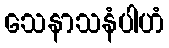
သေနာသနံပါဟံ